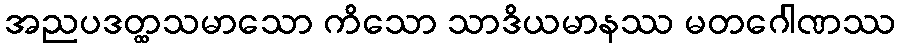
အညပဒတ္ထသမာသော ကိသော သာဒိယမာနဿ မတဂေါဏဿ